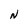
Character: N